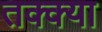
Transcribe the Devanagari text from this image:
तक्क्या